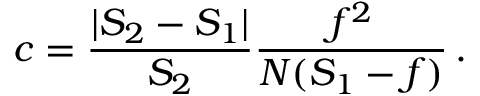
c = { \frac { | S _ { 2 } - S _ { 1 } | } { S _ { 2 } } } { \frac { f ^ { 2 } } { N ( S _ { 1 } - f ) } } \, .